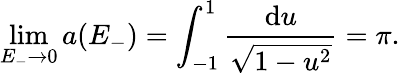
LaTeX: \operatorname*{lim}_{E_{-}\to 0}a(E_{-})=\int_{-1}^{1}\frac{\mathrm{d}u}{\sqrt{1-u^{2}}}=\pi.